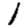
Digit: 1